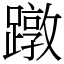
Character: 蹾